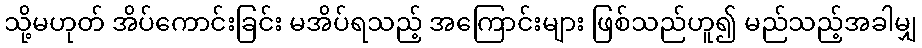
သို့မဟုတ် အိပ်ကောင်းခြင်း မအိပ်ရသည့် အကြောင်းများ ဖြစ်သည်ဟူ၍ မည်သည့်အခါမျှ